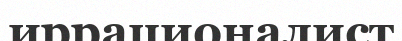
иррационалист